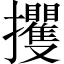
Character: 攫